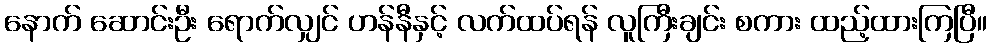
နောက် ဆောင်းဦး ရောက်လျှင် ဟန်နီနှင့် လက်ထပ်ရန် လူကြီးချင်း စကား ထည့်ထားကြပြီ။